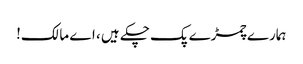
ہمارے چمڑے پک چکے ہیں ، اے مالک!